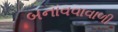
બનાવવાવાળી